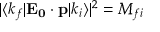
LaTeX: | \langle k _ { f } | \mathbf { E _ { 0 } } \cdot \mathbf { p } | k _ { i } \rangle | ^ { 2 } = M _ { f i }